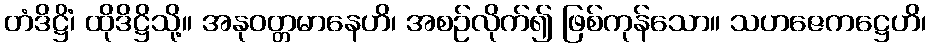
တံဒိဋ္ဌိံ၊ ထိုဒိဋ္ဌိသို့။ အနုဝတ္တမာနေဟိ၊ အစဉ်လိုက်၍ ဖြစ်ကုန်သော။ သဟဇေကဋ္ဌေဟိ၊